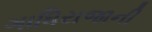
ગાધિરાજાની